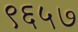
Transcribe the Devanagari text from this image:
९६५७